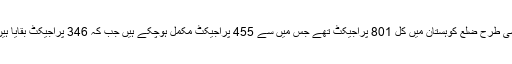
اسی طرح ضلع کوہستان میں کل 801 پراجیکٹ تھے جس میں سے 455 پراجیکٹ مکمل ہوچکے ہیں جب کہ 346 پراجیکٹ بقایا ہیں۔